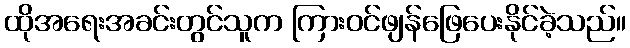
ထိုအရေးအခင်းတွင်သူက ကြားဝင်ဖျန်ဖြေပေးနိုင်ခဲ့သည်။